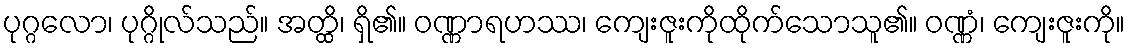
ပုဂ္ဂလော၊ ပုဂ္ဂိုလ်သည်။ အတ္ထိ၊ ရှိ၏။ ဝဏ္ဏာရဟဿ၊ ကျေးဇူးကိုထိုက်သောသူ၏။ ဝဏ္ဏံ၊ ကျေးဇူးကို။